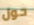
حول